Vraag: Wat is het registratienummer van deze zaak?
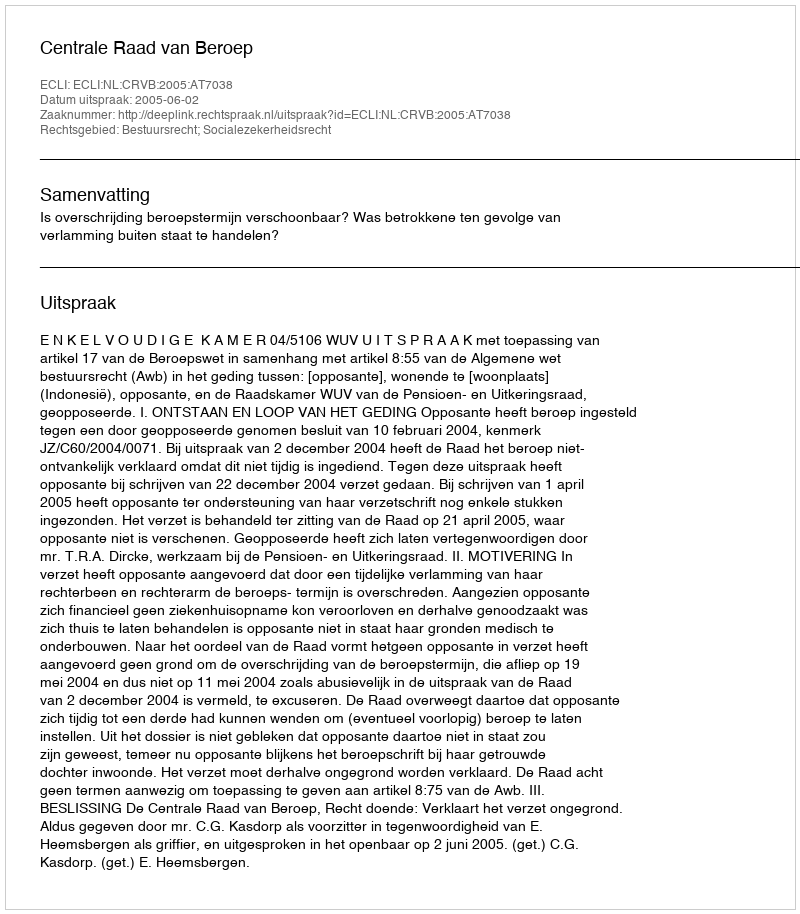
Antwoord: http://deeplink.rechtspraak.nl/uitspraak?id=ECLI:NL:CRVB:2005:AT7038